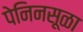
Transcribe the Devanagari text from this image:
पेनिनसूळा